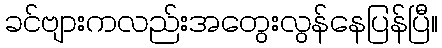
ခင်ဗျားကလည်းအတွေးလွန်နေပြန်ပြီ။